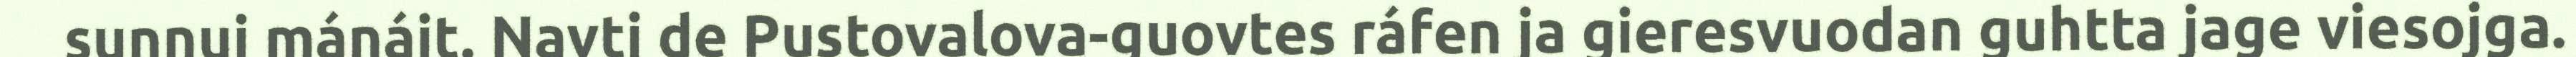
sunnuj mánájt. Navti de Pustovalova-guovtes ráfen ja gieresvuodan guhtta jage viesojga.